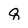
Character: q